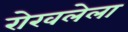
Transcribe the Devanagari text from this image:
रोखलेला